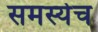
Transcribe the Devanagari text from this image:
समस्येच